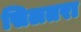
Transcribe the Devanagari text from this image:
सिलतरा